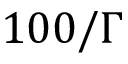
1 0 0 / \Gamma